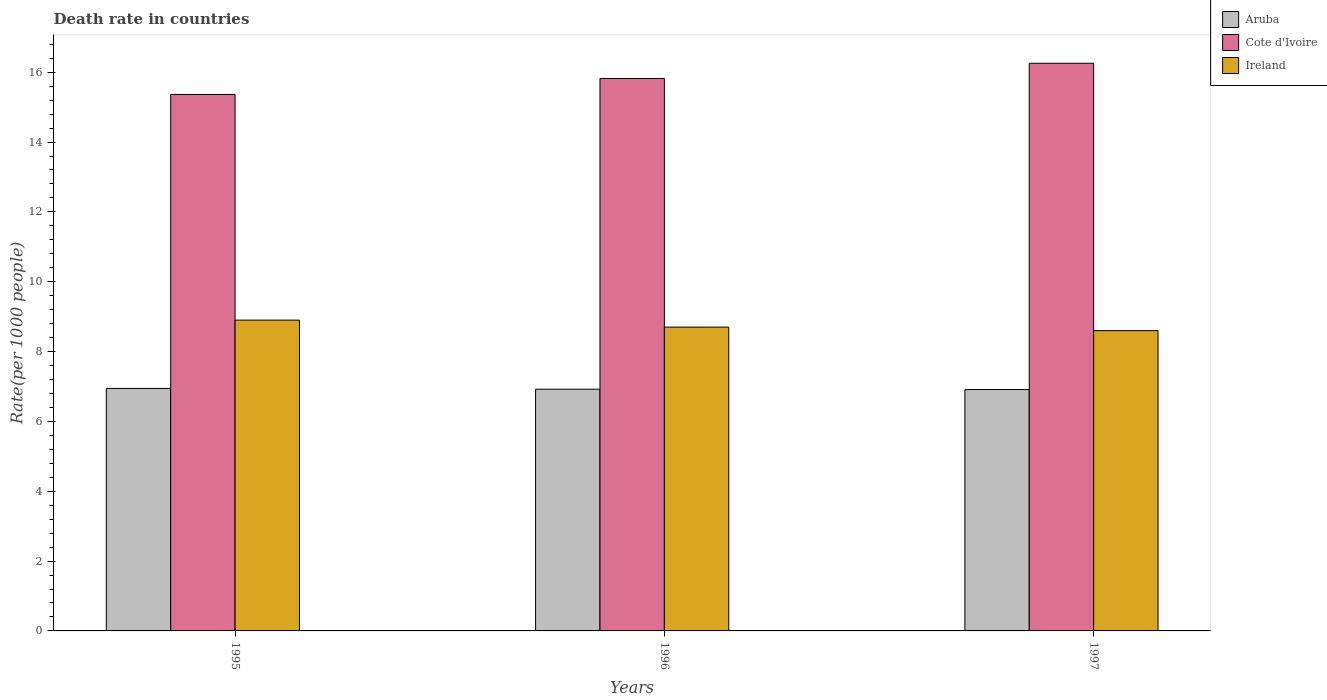
| Years | Aruba | Cote d'Ivoire | Ireland |
 | --- | --- | --- | --- |
 | 1995 | 6.94 | 15.4 | 8.9 |
 | 1996 | 6.92 | 15.8 | 8.7 |
 | 1997 | 6.91 | 16.3 | 8.6 |